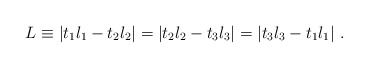
\begin{align*}L \equiv | t_1 l_1 - t_2 l_2 | = |t_2 l_2 - t_3 l_3 | = |t_3 l_3 - t_1 l_1 | ~ .\end{align*}